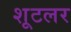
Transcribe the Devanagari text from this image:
शूटलर